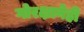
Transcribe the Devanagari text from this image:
गोरक्षानेही